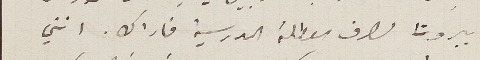
بيروت لصرف العطلة المدرسية فاراك. انني